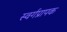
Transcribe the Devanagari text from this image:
स्वर्गप्रापक